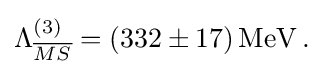
\Lambda _{\overline {MS}}^{(3)}=(332\pm 17)\,{\rm {{MeV}\,.}}